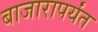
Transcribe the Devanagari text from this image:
बाजारापर्यंत